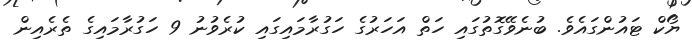
ޔޯކް ޓައުންގައެވެ. ބުނެވޭގޮތުގައި ހަތް އަހަރުގެ ހަގުރާމައިގައި ކުރެވުނު 9 ހަގުރާމައިގެ ތެރެއިން